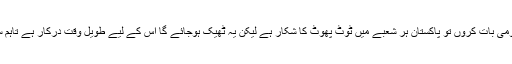
انہوں نے بتایا کہ عمومی بات کروں تو پاکستان ہر شعبے میں ٹوٹ پھوٹ کا شکار ہے لیکن یہ ٹھیک ہوجائے گا اس کے لیے طویل وقت درکار ہے تاہم سفر کا آغاز ہوگیا ہے۔